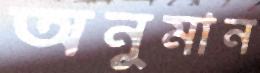
অনুমান